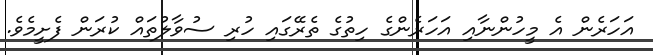
އަހަރެން އެ މީހުންނާއި އަހަރެންގެ ހިތުގެ ތެރޭގައި ހުރި ސުވާލުތައް ކުރަން ފެށީމެވެ.